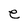
Character: e